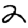
Digit: 2